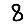
Digit: 8